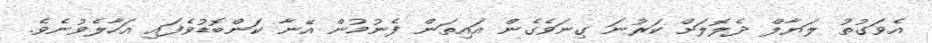
އެވަގުތު ލަޔާލް ދެލޮލަށް ކަރުނަ ގިނަވެގެން އައިތަން ފެނުމުން އޭނާ ކަންބޮޑުވެފައި އަހާލެވުނެވެ.